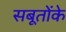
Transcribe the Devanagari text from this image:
सबूतोंके